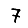
Digit: 7